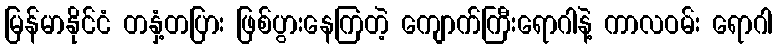
မြန်မာနိုင်ငံ တနှံ့တပြား ဖြစ်ပွားနေကြတဲ့ ကျောက်ကြီးရောဂါနဲ့ ကာလဝမ်း ရောဂါ